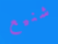
شنيع